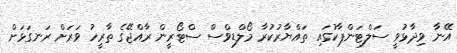
އޭނާ ވިދާޅުވީ ސަލްޓަންޕާކުގައި ތައްޔާރުކުރާ މޯލްޑިވްސް ސްޓޯރީން ރާއްޖޭގެ ތާރީހު ވަރަށް ރަނގަޅަށް